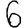
Digit: 6